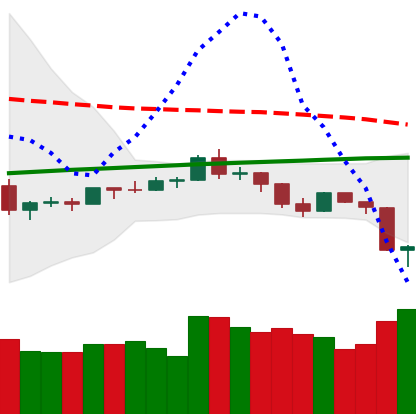
Ticker: ETH-USD
Chart end date: 2019-08-15
Forward return: 4.278%
Label: up_3_5